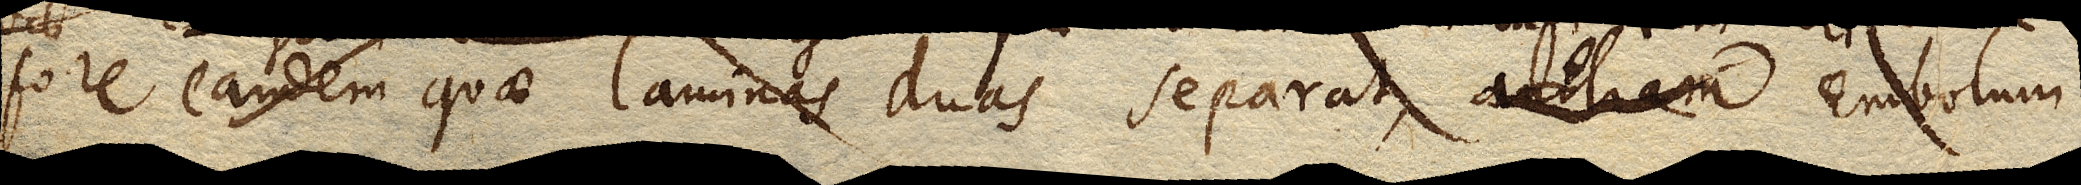
fore eandem quae laminas duas separat, Antliam Embolum